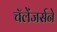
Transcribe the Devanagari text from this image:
चॅलेंजर्सने